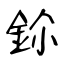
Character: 鉩